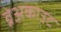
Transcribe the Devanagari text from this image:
ब्रेअकोउट